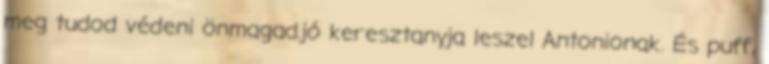
meg tudod védeni önmagad.jó keresztanyja leszel Antonionak. És puff,